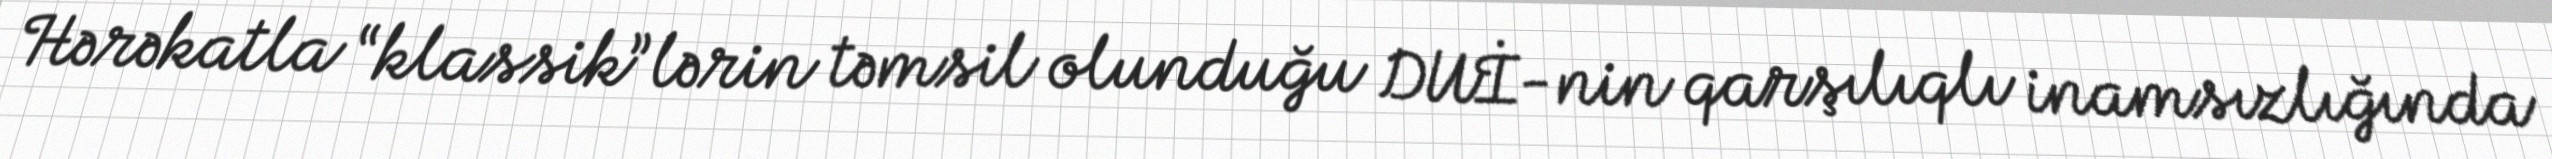
Hərəkatla “klassik”lərin təmsil olunduğu DUİ-nin qarşılıqlı inamsızlığında